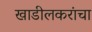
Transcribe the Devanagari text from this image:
खाडीलकरांचा